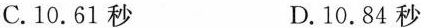
C.10.61秒 D.10.84秒